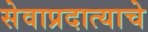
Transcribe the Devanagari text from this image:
सेवाप्रदात्याचे